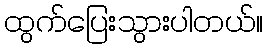
ထွက်ပြေးသွားပါတယ်။